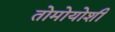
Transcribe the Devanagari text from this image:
तोमोयोशी